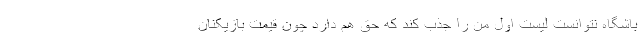
باشگاه نتوانست لیست اول من را جذب کند که حق هم دارد چون قیمت بازیکنان